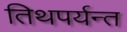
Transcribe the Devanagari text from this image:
तिथपर्यन्त